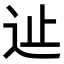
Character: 𨑭